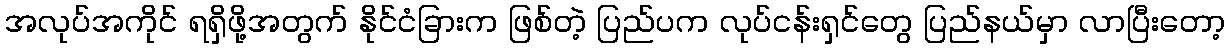
အလုပ်အကိုင် ရရှိဖို့အတွက် နိုင်ငံခြားက ဖြစ်တဲ့ ပြည်ပက လုပ်ငန်းရှင်တွေ ပြည်နယ်မှာ လာပြီးတော့